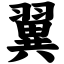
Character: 翼